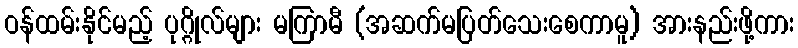
ဝန်ထမ်းနိုင်မည့် ပုဂ္ဂိုလ်များ မကြာမီ (အဆက်မပြတ်သေးစေကာမူ) အားနည်းဖို့ကား